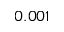
0 . 0 0 1